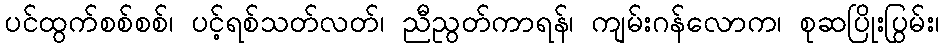
ပင်ထွက်စစ်စစ်၊ ပင့်ရစ်သတ်လတ်၊ ညီညွတ်ကာရန်၊ ကျမ်းဂန်လောက၊ စုဆပြိုးပြွမ်း၊